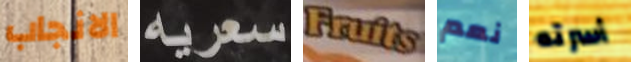
الانجاب سعريه Fruits نعم أسرته